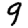
Digit: 9